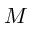
M